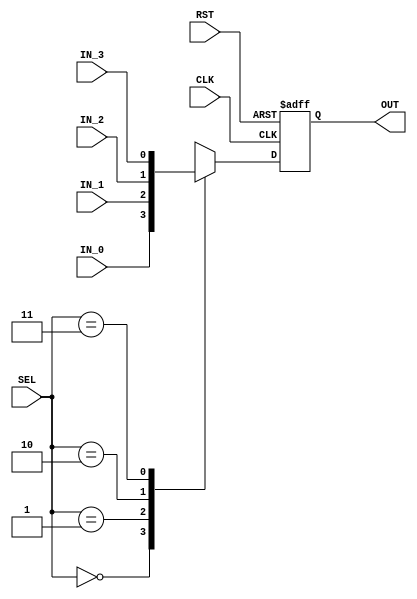

module mux  (

 input   wire                  CLK,
 input   wire                  RST,
 input   wire                  IN_0,
 input   wire                  IN_1,
 input   wire                  IN_2,
 input   wire                  IN_3,
 input   wire     [1:0]        SEL,
 output  reg                   OUT 

 );

reg              mux_out ;
 
always @ (*)
  begin
   case(SEL)
	2'b00 : begin                 
	         mux_out <= IN_0 ;       
	        end
	2'b01 : begin
	         mux_out <= IN_1 ;      
	        end	
	2'b10 : begin
	         mux_out <= IN_2 ;       
	        end	
	2'b11 : begin
	         mux_out <= IN_3 ;      
	        end		
	endcase        	   
  end
 

//register mux output
always @ (posedge CLK or negedge RST)
 begin
  if(!RST)
   begin
    OUT <= 'b0 ;
   end
  else
   begin
    OUT <= mux_out ;
   end 
 end  
 
 
endmodule